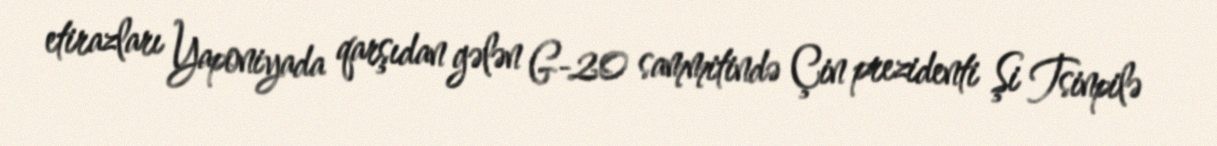
etirazları Yaponiyada qarşıdan gələn G-20 sammitində Çin prezidenti Şi Tsinpilə